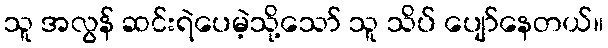
သူ အလွန် ဆင်းရဲပေမဲ့သို့သော် သူ သိပ် ပျော်နေတယ်။